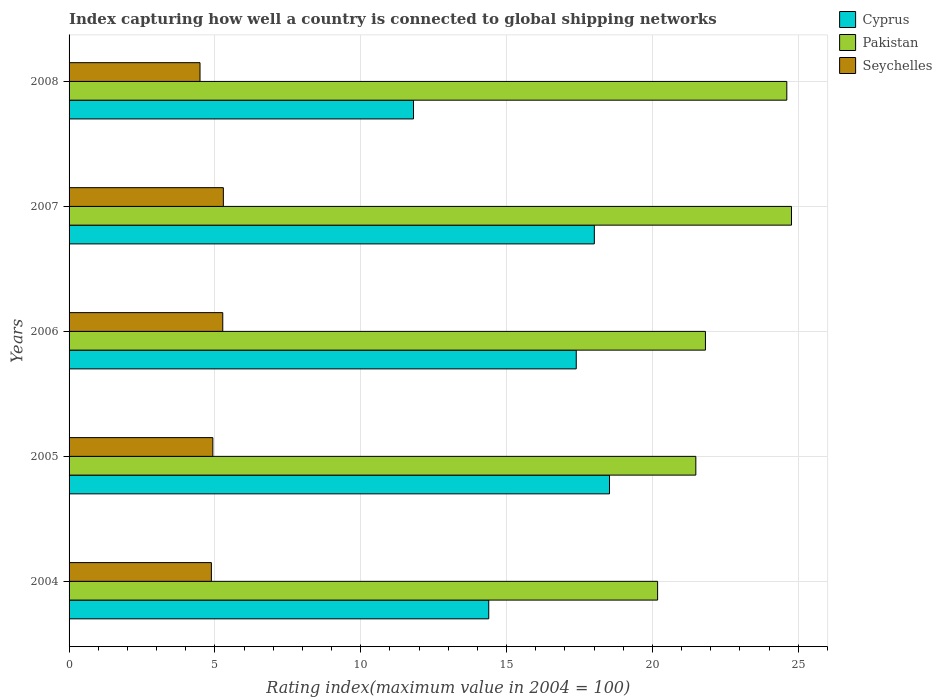
| Years | Cyprus | Pakistan | Seychelles |
 | --- | --- | --- | --- |
 | 2004 | 14.4 | 20.2 | 4.88 |
 | 2005 | 18.5 | 21.5 | 4.93 |
 | 2006 | 17.4 | 21.8 | 5.27 |
 | 2007 | 18 | 24.8 | 5.29 |
 | 2008 | 11.8 | 24.6 | 4.49 |